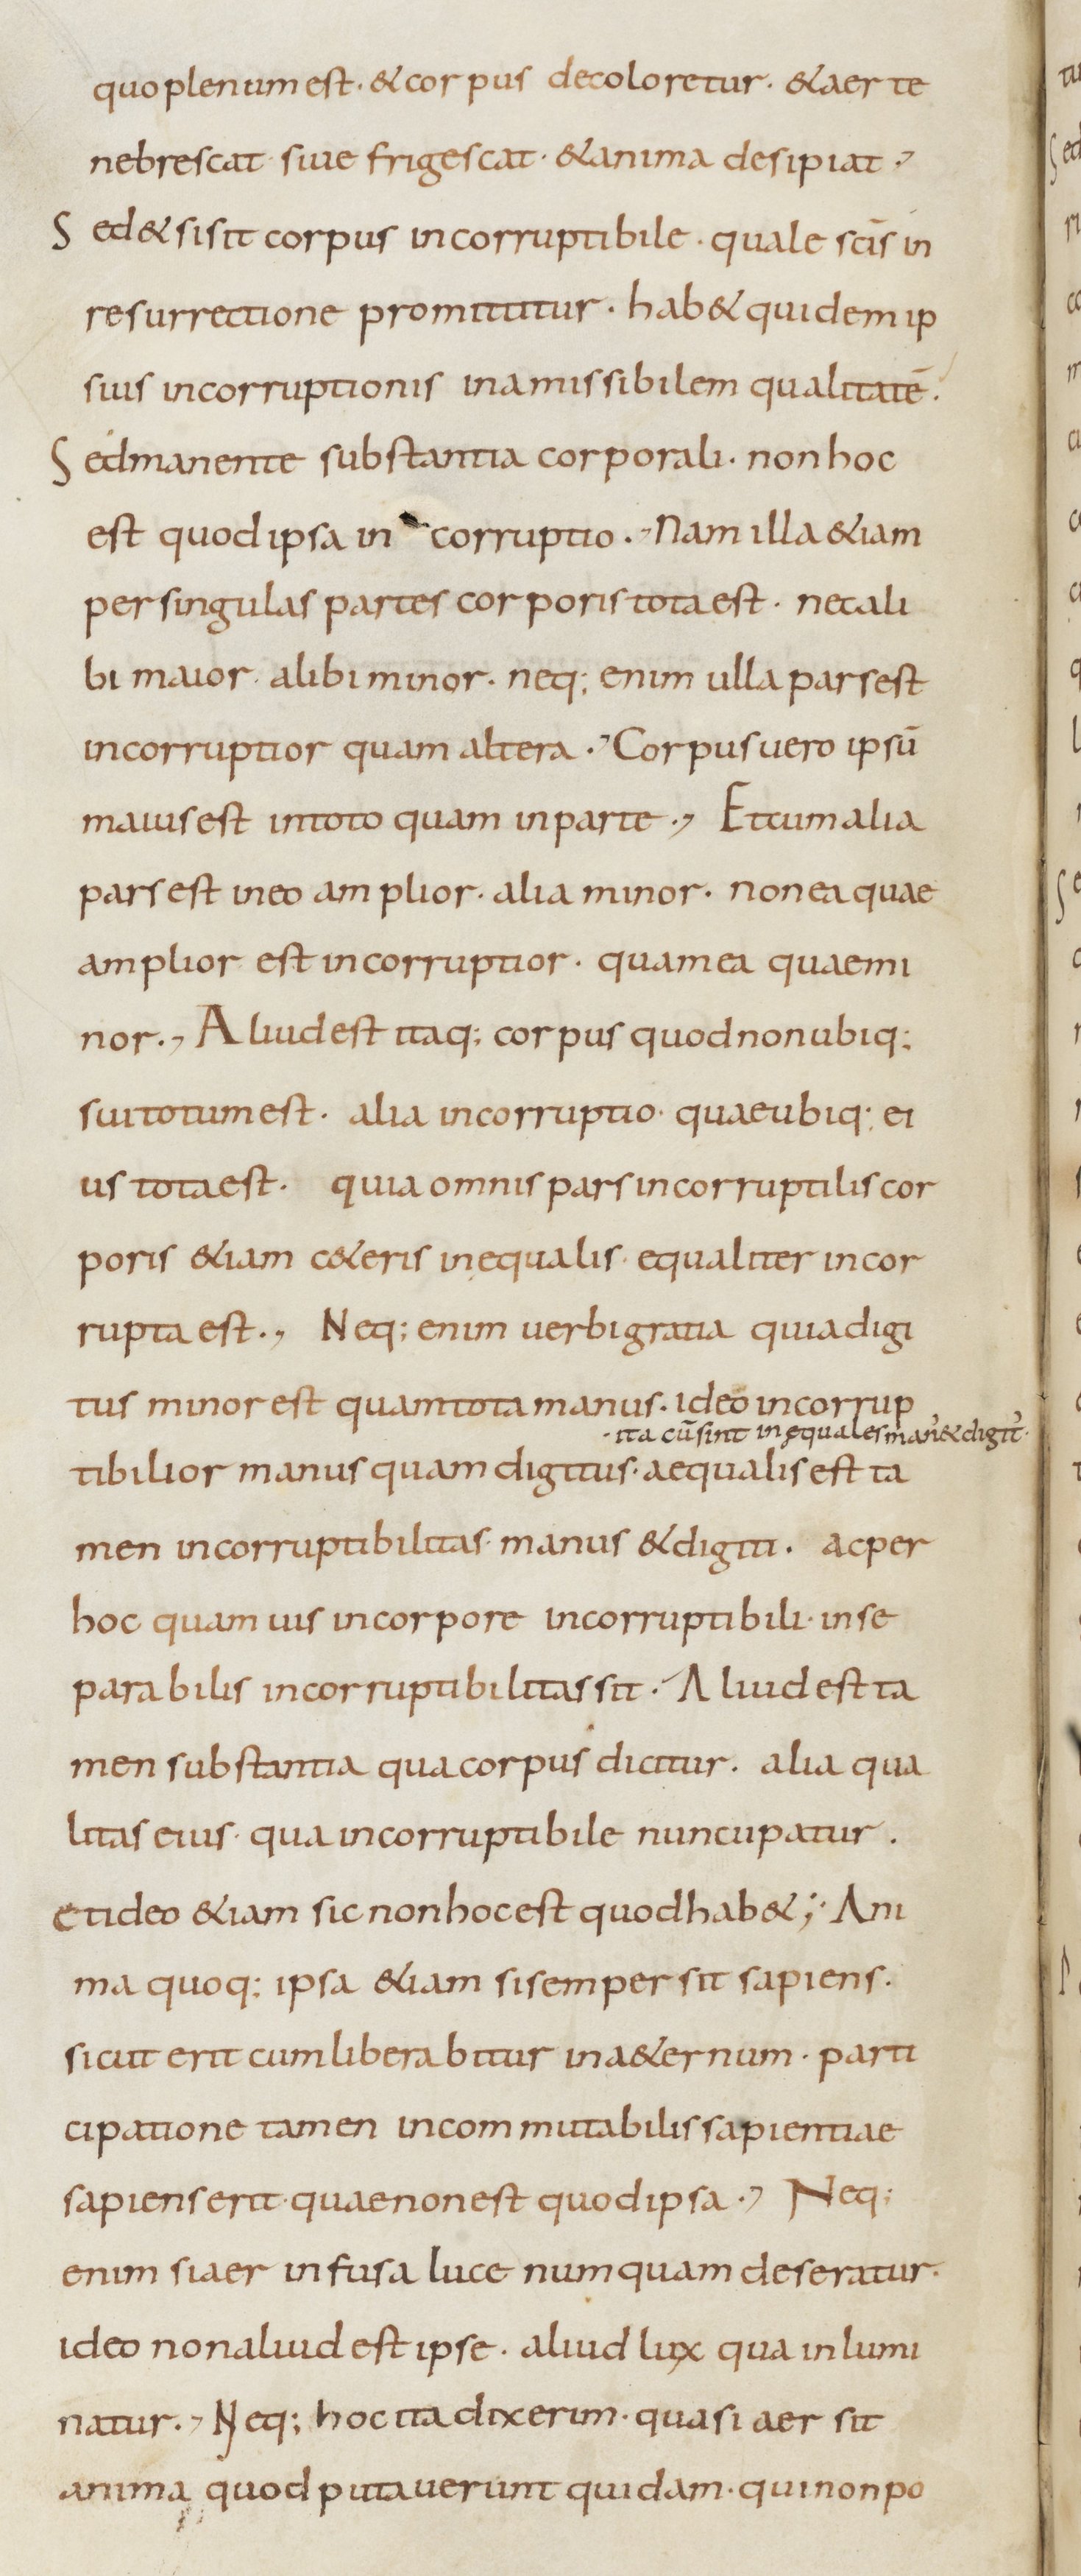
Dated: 800–899